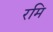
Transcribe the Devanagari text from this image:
रमि